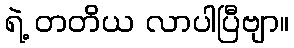
ရဲ့ တတိယ လာပါပြီဗျာ။